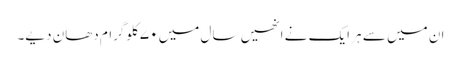
ان میں سے ہر ایک نے انھیں سال میں ۷۰ کلوگرام دھان دیے۔